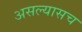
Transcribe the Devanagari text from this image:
असल्यासच